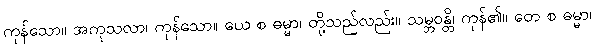
ကုန်သော။ အကုသလာ၊ ကုန်သော။ ယေ စ ဓမ္မာ၊ တို့သည်လည်း။ သမ္ဘဝန္တိ၊ ကုန်၏။ တေ စ ဓမ္မာ၊